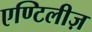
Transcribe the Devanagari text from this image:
एण्टिलीज़